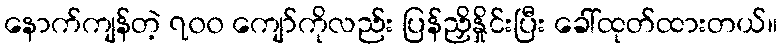
နောက်ကျန်တဲ့ ၇၀၀ ကျော်ကိုလည်း ပြန်ညှိနှိုင်းပြီး ခေါ်ထုတ်ထားတယ်။